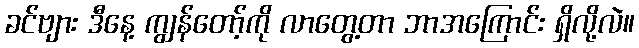
ခင်ဗျား ဒီနေ့ ကျွန်တော့်ကို လာတွေ့တာ ဘာအကြောင်း ရှိလို့လဲ။